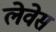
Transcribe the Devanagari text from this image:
लेवेस